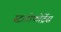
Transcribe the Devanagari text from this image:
स्ट्राटोफोर्ट्रेस